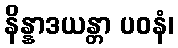
နိန္နာဒယန္တာ ပဝနံ၊